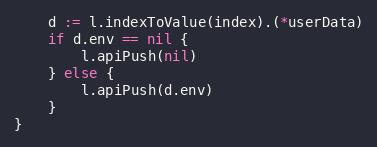
Language: Go
	d := l.indexToValue(index).(*userData)
	if d.env == nil {
		l.apiPush(nil)
	} else {
		l.apiPush(d.env)
	}
}